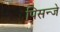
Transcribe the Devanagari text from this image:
पिसन्जे